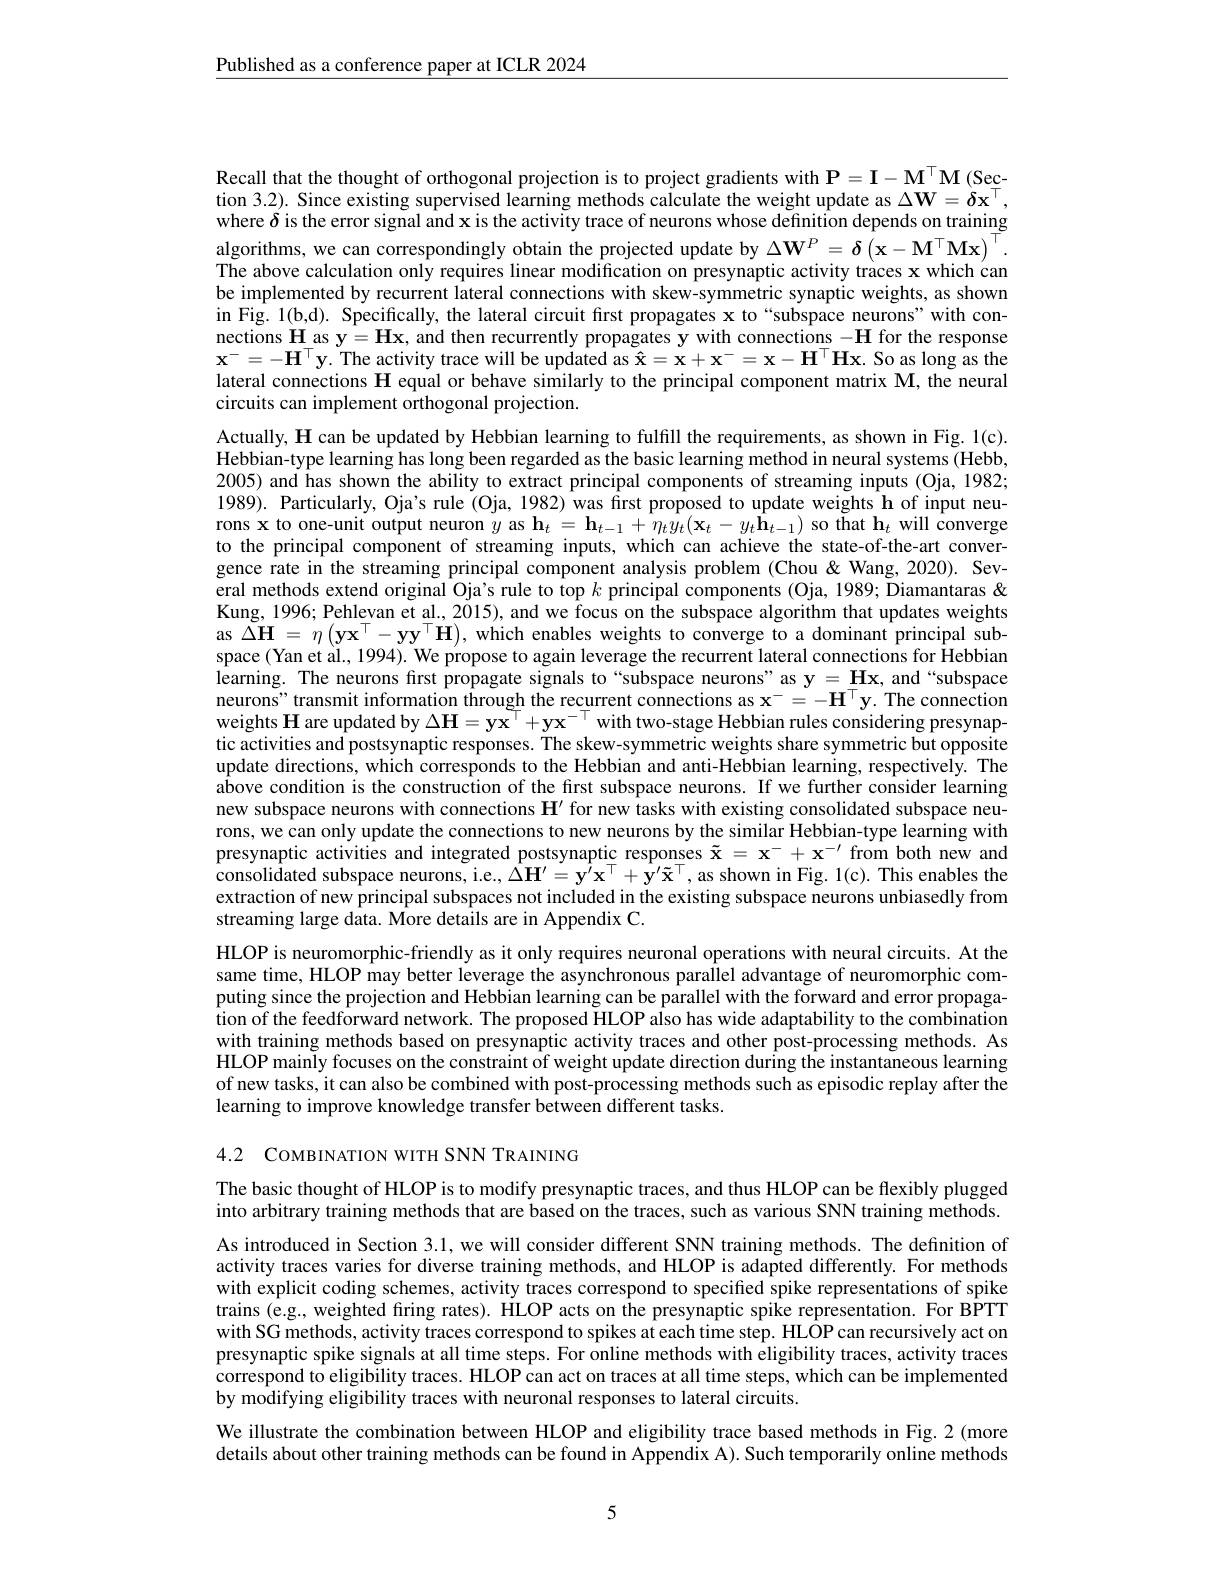
$\underline{\text{Published as a conference paper at ICLR 2024}}$

Recall that the thought of orthogonal projection is to project gradients with $\mathbf{P}=\mathbf{I}-\mathbf{M}^{\top}\mathbf{M}($Section 3.2). Since existing supervised learning methods calculate the weight update as $\Delta\mathbf{W}=\grave{\delta}\mathbf{x}^\top$, where $\delta$ is the error signal and x is the activity trace of neurons whose definition depends on training algorithms, we can correspondingly obtain the projected update by $\Delta\mathbf{W}^P=\delta\left(\mathbf{x}-\mathbf{M}^\top\mathbf{M}\mathbf{x}\right)^\top.$ The above calculation only requires linear modification on presynaptic activity traces x which can be implemented by recurrent lateral connections with skew-symmetric synaptic weights, as shown in Fig. 1(b,d). Specifically, the lateral circuit first propagates x to“subspace neurons”with connections $\mathbf{H}$ as $\mathbf{y}=\mathbf{H}\mathbf{x}$, and then recurrently propagates y with connections $-\mathbf{H}$ for the response $\mathbf{x}^-=-\mathbf{H}^\top\mathbf{y}.$ The activity trace will be updated as $\mathbf{\hat{x}}=\mathbf{x}+\mathbf{x}^-=\mathbf{x}-\mathbf{H}^\top\mathbf{H}\mathbf{x}.$ So as long as the lateral connections $\mathbf{H}$ equal or behave similarly to the principal component matrix M, the neural circuits can implement orthogonal projection.
Actually, $\mathbf{H}$ can be updated by Hebbian learning to fulfill the requirements, as shown in Fig. 1(c). Hebbian-type learning has long been regarded as the basic learning method in neural systems (Hebb, 2005) and has shown the ability to extract principal components of streaming inputs (Oja, 1982; 1989). Particularly, Oja's rule (Oja, 1982) was first proposed to update weights h of input neurons x to one-unit output neuron $y$ as $\mathbf{h}_t=\mathbf{h}_{t-1}+\eta_ty_t(\mathbf{x}_t-y_t\mathbf{h}_{t-1})$ so that h$_t$ will converge to the principal component of streaming inputs, which can achieve the state-of-the-art convergence rate in the streaming principal component analysis problem (Chou &Wang, 2020). Several methods extend original Oja's rule to top $k$ principal components (Oja, 1989; Diamantaras & Kung, 1996; Pehlevan et al., 2015), and we focus on the subspace algorithm that updates weights as $\Delta\mathbf{H}=\eta\left(\mathbf{y}\mathbf{x}^{\top}-\mathbf{y}\mathbf{y}^{\top}\mathbf{H}\right)$, which enables weights to converge to a dominant principal subspace (Yan et al., 1994). We propose to again leverage the recurrent lateral connections for Hebbian learning. The neurons first propagate signals to“subspace neurons”as y $=\mathbf{Hx}$, and“subspace neurons" transmit information through the recurrent connections as $\mathbf{x}^-=-\mathbf{H}^\top\mathbf{y}.$ The connection weights $\mathbf{H}$ are updated by $\Delta\mathbf{H}=\mathbf{y}\mathbf{x}^\top+\mathbf{y}\mathbf{x}^{-\top}$ with two-stage Hebbian rules considering presynaptic activities and postsynaptic responses. The skew-symmetric weights share symmetric but opposite update directions, which corresponds to the Hebbian and anti-Hebbian learning, respectively. The above condition is the construction of the first subspace neurons. If we further consider learning new subspace neurons with connections $\mathbf{H}^{\prime}$ for new tasks with existing consolidated subspace neurons, we can only update the connections to new neurons by the similar Hebbian-type learning with presynaptic activities and integrated postsynaptic responses $\tilde{\mathbf{x}}=\mathbf{x}^-+\mathbf{x}^{-\prime}$ from both new and consolidated subspace neurons, i.e., $\Delta\mathbf{H}^{\prime}=\mathbf{y}^{\prime}\mathbf{x}^{\top}+\mathbf{y}^{\prime}\mathbf{\tilde{x}}^{\top}$, as shown in Fig. 1(c). This enables the extraction of new principal subspaces not included in the existing subspace neurons unbiasedly from streaming large data. More details are in Appendix C.
HLOP is neuromorphic-friendly as it only requires neuronal operations with neural circuits. At the same time, HLOP may better leverage the asynchronous parallel advantage of neuromorphic computing since the projection and Hebbian learning can be parallel with the forward and error propagation of the feedforward network. The proposed HLOP also has wide adaptability to the combination with training methods based on presynaptic activity traces and other post-processing methods. As HLOP mainly focuses on the constraint of weight update direction during the instantaneous learning of new tasks, it can also be combined with post-processing methods such as episodic replay after the learning to improve knowledge transfer between different tasks.

4.2 COMBINATION WITH SNN TRAINING

The basic thought of HLOP is to modify presynaptic traces, and thus HLOP can be flexibly plugged into arbitrary training methods that are based on the traces, such as various SNN training methods.

As introduced in Section 3.1, we will consider different SNN training methods. The definition of activity traces varies for diverse training methods, and HLOP is adapted differently. For methods with explicit coding schemes, activity traces correspond to specified spike representations of spike trains (e.g., weighted firing rates). HLOP acts on the presynaptic spike representation. For BPTT with SG methods, activity traces correspond to spikes at each time step. HLOP can recursively act on presynaptic spike signals at all time steps. For online methods with eligibility traces, activity traces correspond to eligibility traces. HLOP can act on traces at all time steps, which can be implemented by modifying eligibility traces with neuronal responses to lateral circuits.

We illustrate the combination between HLOP and eligibility trace based methods in Fig.2 (more details about other training methods can be found in Appendix A). Such temporarily online methods

5